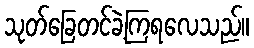
သုတ်ခြေတင်ခဲ့ကြရလေသည်။